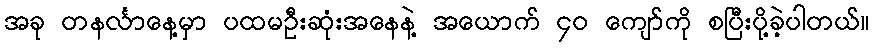
အခု တနင်္လာနေ့မှာ ပထမဦးဆုံးအနေနဲ့ အယောက် ၄၀ ကျော်ကို စပြီးပို့ခဲ့ပါတယ်။